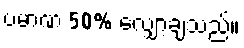
ပမာဏ 50% လျှော့ချသည်။